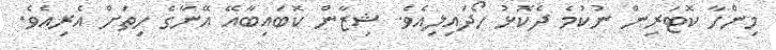
މިންހާ ކޮޓަރިން ނުކުމެ ދެކޮޅު ހޯދައިލިއެވެ. ޝިޒާން ކޮބައިބާއޭ އޭނާގެ ހިތަށް އެރިއެވެ.